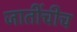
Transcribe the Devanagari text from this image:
जातींचीच